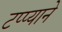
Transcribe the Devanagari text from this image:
टप्प्याने